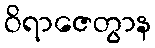
ဝိရာဇေတွာန